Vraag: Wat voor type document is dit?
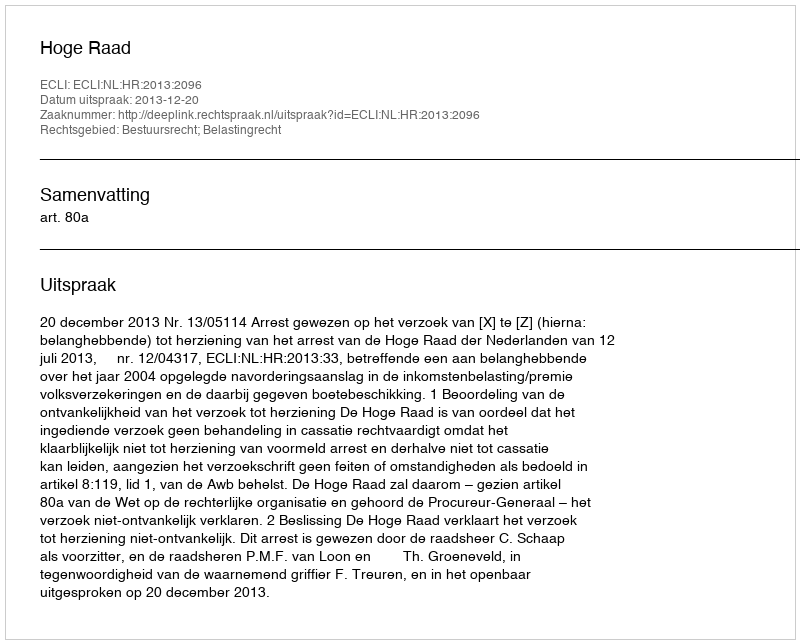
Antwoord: Uitspraak